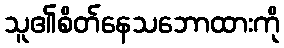
သူ၏စိတ်နေသဘောထားကို